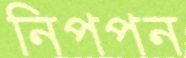
নিপপন